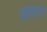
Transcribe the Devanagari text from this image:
झोहरर